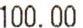
100.00